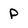
Character: P